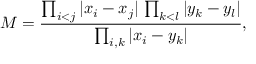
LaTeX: M = \frac { \prod _ { i < j } \vert x _ { i } - x _ { j } \vert \, \prod _ { k < l } \vert y _ { k } - y _ { l } \vert } { \prod _ { i , k } \vert x _ { i } - y _ { k } \vert } ,